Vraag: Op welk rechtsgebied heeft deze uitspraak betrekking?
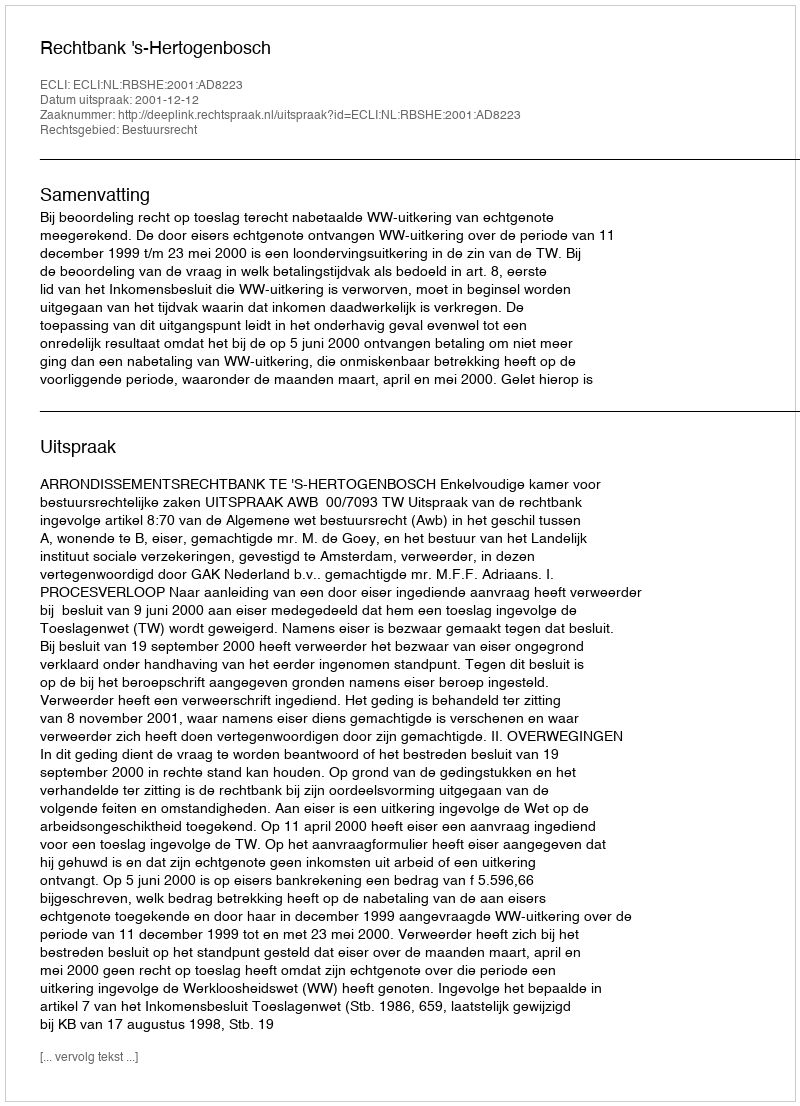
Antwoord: Bestuursrecht